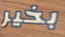
بخير